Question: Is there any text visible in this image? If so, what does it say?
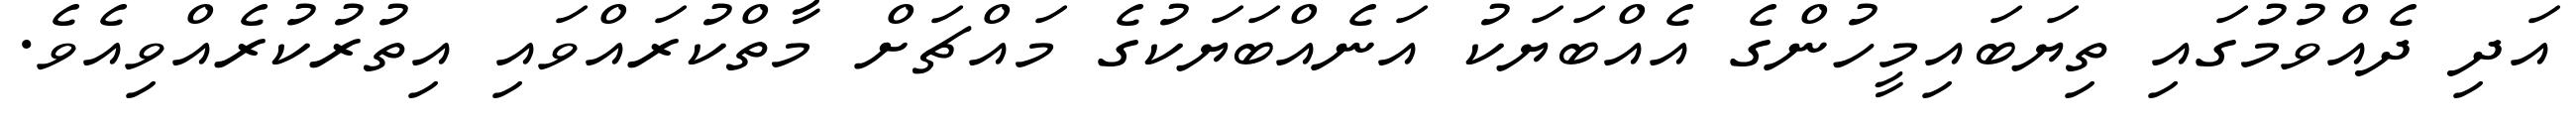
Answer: އަދި ދެއްވުމުގައި ތިޔަބައިމީހުންގެ އެއްބަޔަކު އަނެއްބަޔަކުގެ މައްޗަށް މާތްކުރައްވައި އިތުރުކުރެއްވިއެވެ.